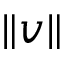
\lVert v \rVert